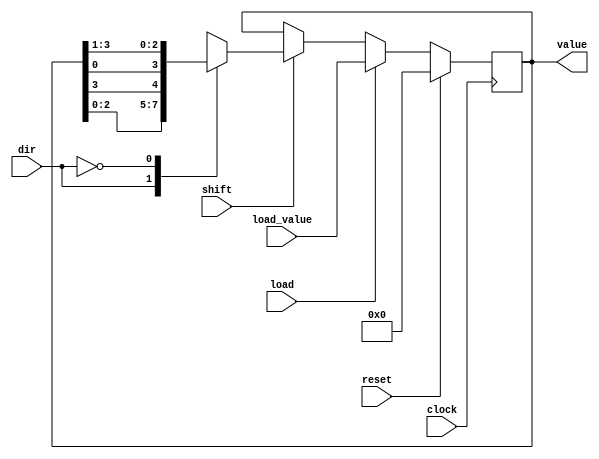
module shift_register #(
    parameter SIZE=4
) (
    input clock,
    input [SIZE - 1:0] load_value,
    input load,
    input dir, 
    input reset,
    input shift,
    output reg [SIZE - 1:0] value
);
    always @(posedge clock) begin
        if (reset)
            value <=  {SIZE*(1'b0)};
        else begin
            if (load) value <= load_value;
            else if (shift)
                case (dir)
                    1: value = {value[SIZE - 2:0], value[SIZE - 1]};
                    0: value = {value[0], value[SIZE - 1:1]};
                    default: value <= value;
                endcase
            else 
                value <= value;
        end
    end

endmodule